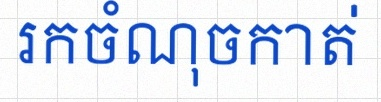
រកចំណុចកាត់